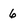
Character: 6